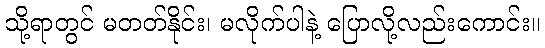
သို့ရာတွင် မတတ်နိုင်း၊ မလိုက်ပါနဲ့ ပြောလို့လည်းကောင်း။